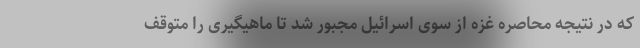
که در نتیجه محاصره غزه از سوی اسرائیل مجبور شد تا ماهیگیری را متوقف